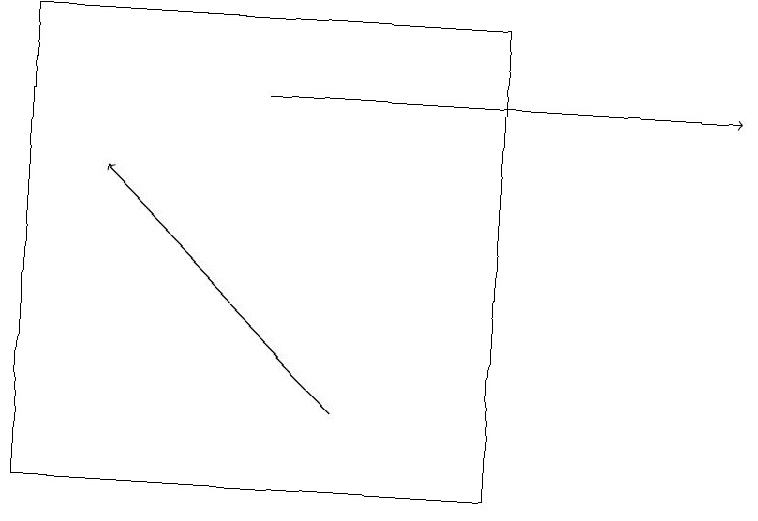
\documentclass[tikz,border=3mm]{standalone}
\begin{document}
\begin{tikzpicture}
\draw (0,12) rectangle (6,18);
\draw[->] (4,13) -- (1,16);
\draw[->] (3,17) -- (9,17);
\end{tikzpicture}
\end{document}